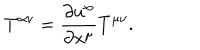
LaTeX: T ^ { \alpha \nu } = \frac { \partial u ^ { \alpha } } { \partial x ^ { \mu } } T ^ { \mu \nu } .